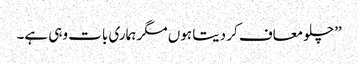
’’چلو معاف کر دیتا ہوں مگر ہماری بات وہی ہے۔